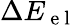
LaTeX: \Delta E_{\mathrm{~e~l~}}